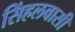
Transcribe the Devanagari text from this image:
सिंहलवासी